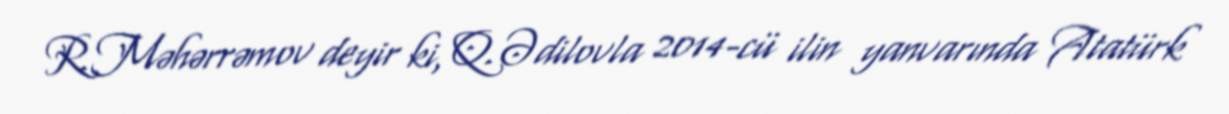
R.Məhərrəmov deyir ki, Q.Ədilovla 2014-cü ilin yanvarında Atatürk